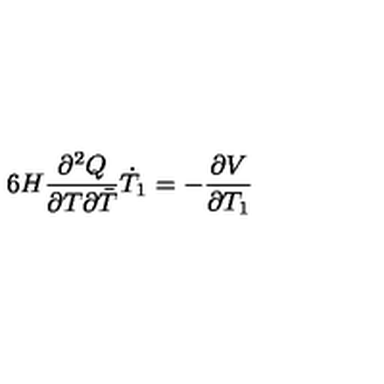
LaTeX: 6 H \frac { \partial ^ { 2 } Q } { \partial T \partial { \bar { T } } } \dot { T } _ { 1 } = - \frac { \partial V } { \partial T _ { 1 } }